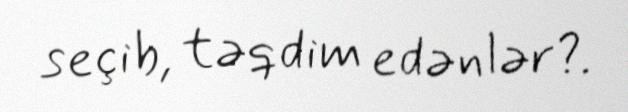
seçib, təqdim edənlər?.